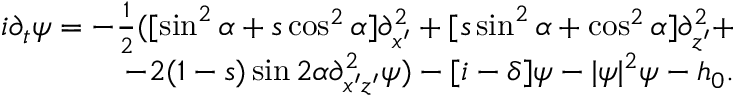
\begin{array} { r l r } & { } & { i \partial _ { t } \psi = - \frac { 1 } { 2 } ( [ \sin ^ { 2 } \alpha + s \cos ^ { 2 } \alpha ] \partial _ { x ^ { \prime } } ^ { 2 } + [ s \sin ^ { 2 } \alpha + \cos ^ { 2 } \alpha ] \partial _ { z ^ { \prime } } ^ { 2 } + } \\ & { } & { - 2 ( 1 - s ) \sin 2 \alpha \partial _ { x ^ { \prime } z ^ { \prime } } ^ { 2 } \psi ) - [ i - \delta ] \psi - | \psi | ^ { 2 } \psi - h _ { 0 } . } \end{array}